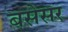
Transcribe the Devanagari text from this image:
बसेसर